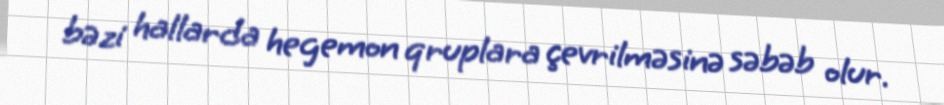
bəzi hallarda hegemon qruplara çevrilməsinə səbəb olur.